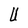
Character: U